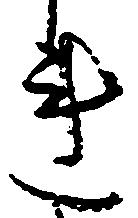
連